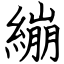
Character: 繃